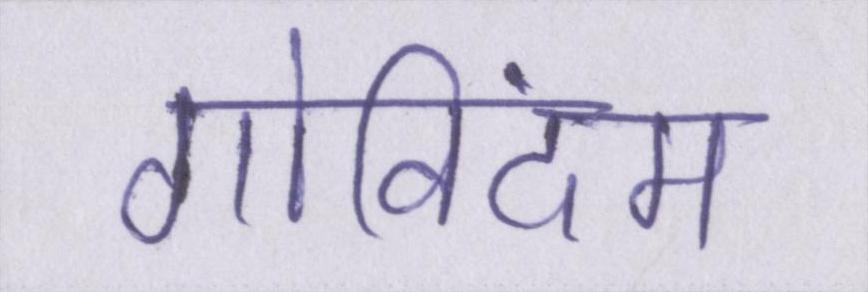
गोविंदम